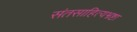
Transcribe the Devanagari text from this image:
संतसाहित्यभ्रष्टा